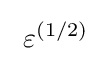
\ \varepsilon ^{\left(1/2\right)}\